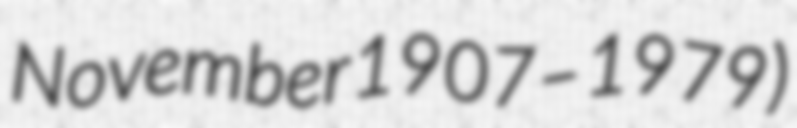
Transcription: November 1907 – 1979)